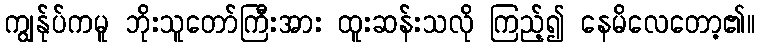
ကျွန်ုပ်ကမူ ဘိုးသူတော်ကြီးအား ထူးဆန်းသလို ကြည့်၍ နေမိလေတော့၏။